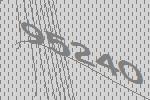
95240